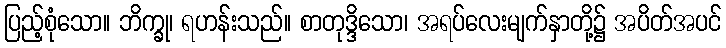
ပြည့်စုံသော။ ဘိက္ခု၊ ရဟန်းသည်။ စာတုဒ္ဒိသော၊ အရပ်လေးမျက်နှာတို့၌ အပိတ်အပင်